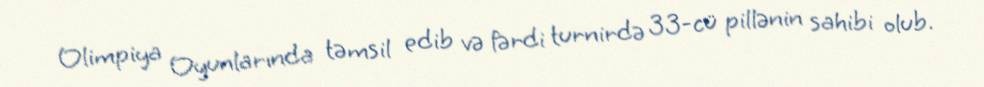
Olimpiya Oyunlarında təmsil edib və fərdi turnirdə 33-cü pillənin sahibi olub.